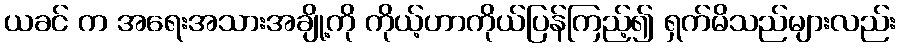
ယခင် က အရေးအသားအချို့ကို ကိုယ့်ဟာကိုယ်ပြန်ကြည့်၍ ရှက်မိသည်များလည်း